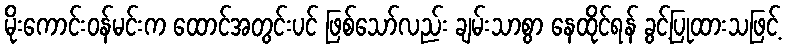
မိုးကောင်းဝန်မင်းက ထောင်အတွင်းပင် ဖြစ်သော်လည်း ချမ်းသာစွာ နေထိုင်ရန် ခွင့်ပြုထားသဖြင့်